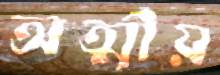
অত্মীয়